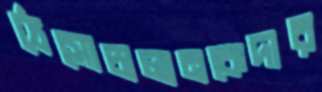
ঠেসোচালানকেদার